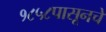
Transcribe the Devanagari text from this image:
१८५८पासूनचे